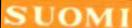
SUOMI